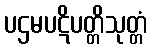
ပဌမပဋိပတ္တိသုတ္တံ